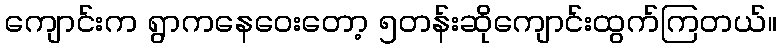
ကျောင်းက ရွာကနေဝေးတော့ ၅တန်းဆိုကျောင်းထွက်ကြတယ်။